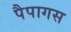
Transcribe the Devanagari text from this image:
पैपागस